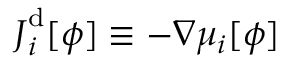
\boldsymbol { J } _ { i } ^ { \mathrm { d } } [ \phi ] \equiv - \nabla { \mu _ { i } } [ \phi ]